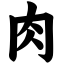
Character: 肉